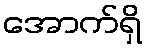
အောက်ရှိ